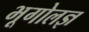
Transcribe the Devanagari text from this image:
भूगोलज्ञ